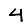
Digit: 4